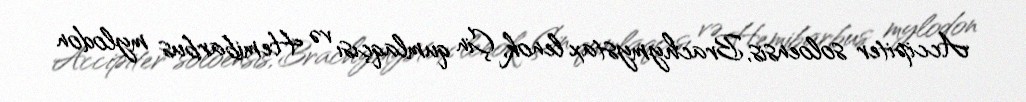
Accipiter soloensis, Brachymystax lenok, Çin qumlaqçısı və Hemibarbus mylodon